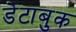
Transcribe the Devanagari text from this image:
डेटाबुक